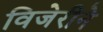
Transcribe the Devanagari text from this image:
विजेरीने